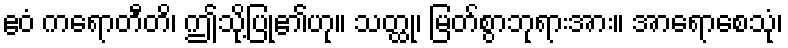
ဧဝံ ကရောတီတိ၊ ဤသို့ပြု၏ဟု။ သတ္ထု၊ မြတ်စွာဘုရားအား။ အာရောစေသုံ၊